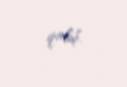
qaldı.